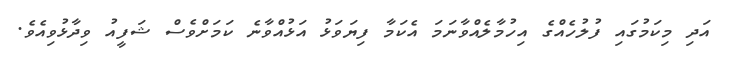
އަދި މިކަމުގައި ފުލުހެއްގެ އިހުމާލެއްވާނަމަ އެކަމާ ފިޔަވަޅު އަޅުއްވާނެ ކަމަށްވެސް ޝަފީއު ވިދާޅުވިއެވެ.